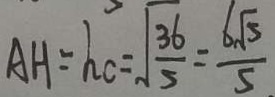
A H = h c = \sqrt { \frac { 3 6 } { 5 } } = \frac { 6 \sqrt { 5 } } { 5 }